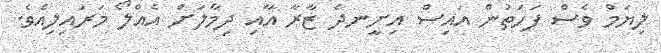
ލިޔަމް ވެސް ފަހަތުން އައިސް އިށީނދެ ޒާރާ އާއި ދިމާލަށް އެއްލޯ މަރައިލިއެވެ.